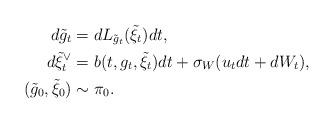
LaTeX: \begin{align*} d\tilde g_t &= dL_{\tilde g_t}(\tilde \xi_t)dt,\\ d\tilde\xi_t^{\vee} &= b(t,g_t,\tilde \xi_t) dt + \sigma_W (u_tdt+dW_t),\\ (\tilde g_0,\tilde \xi_0) &\sim \pi_0. \end{align*}